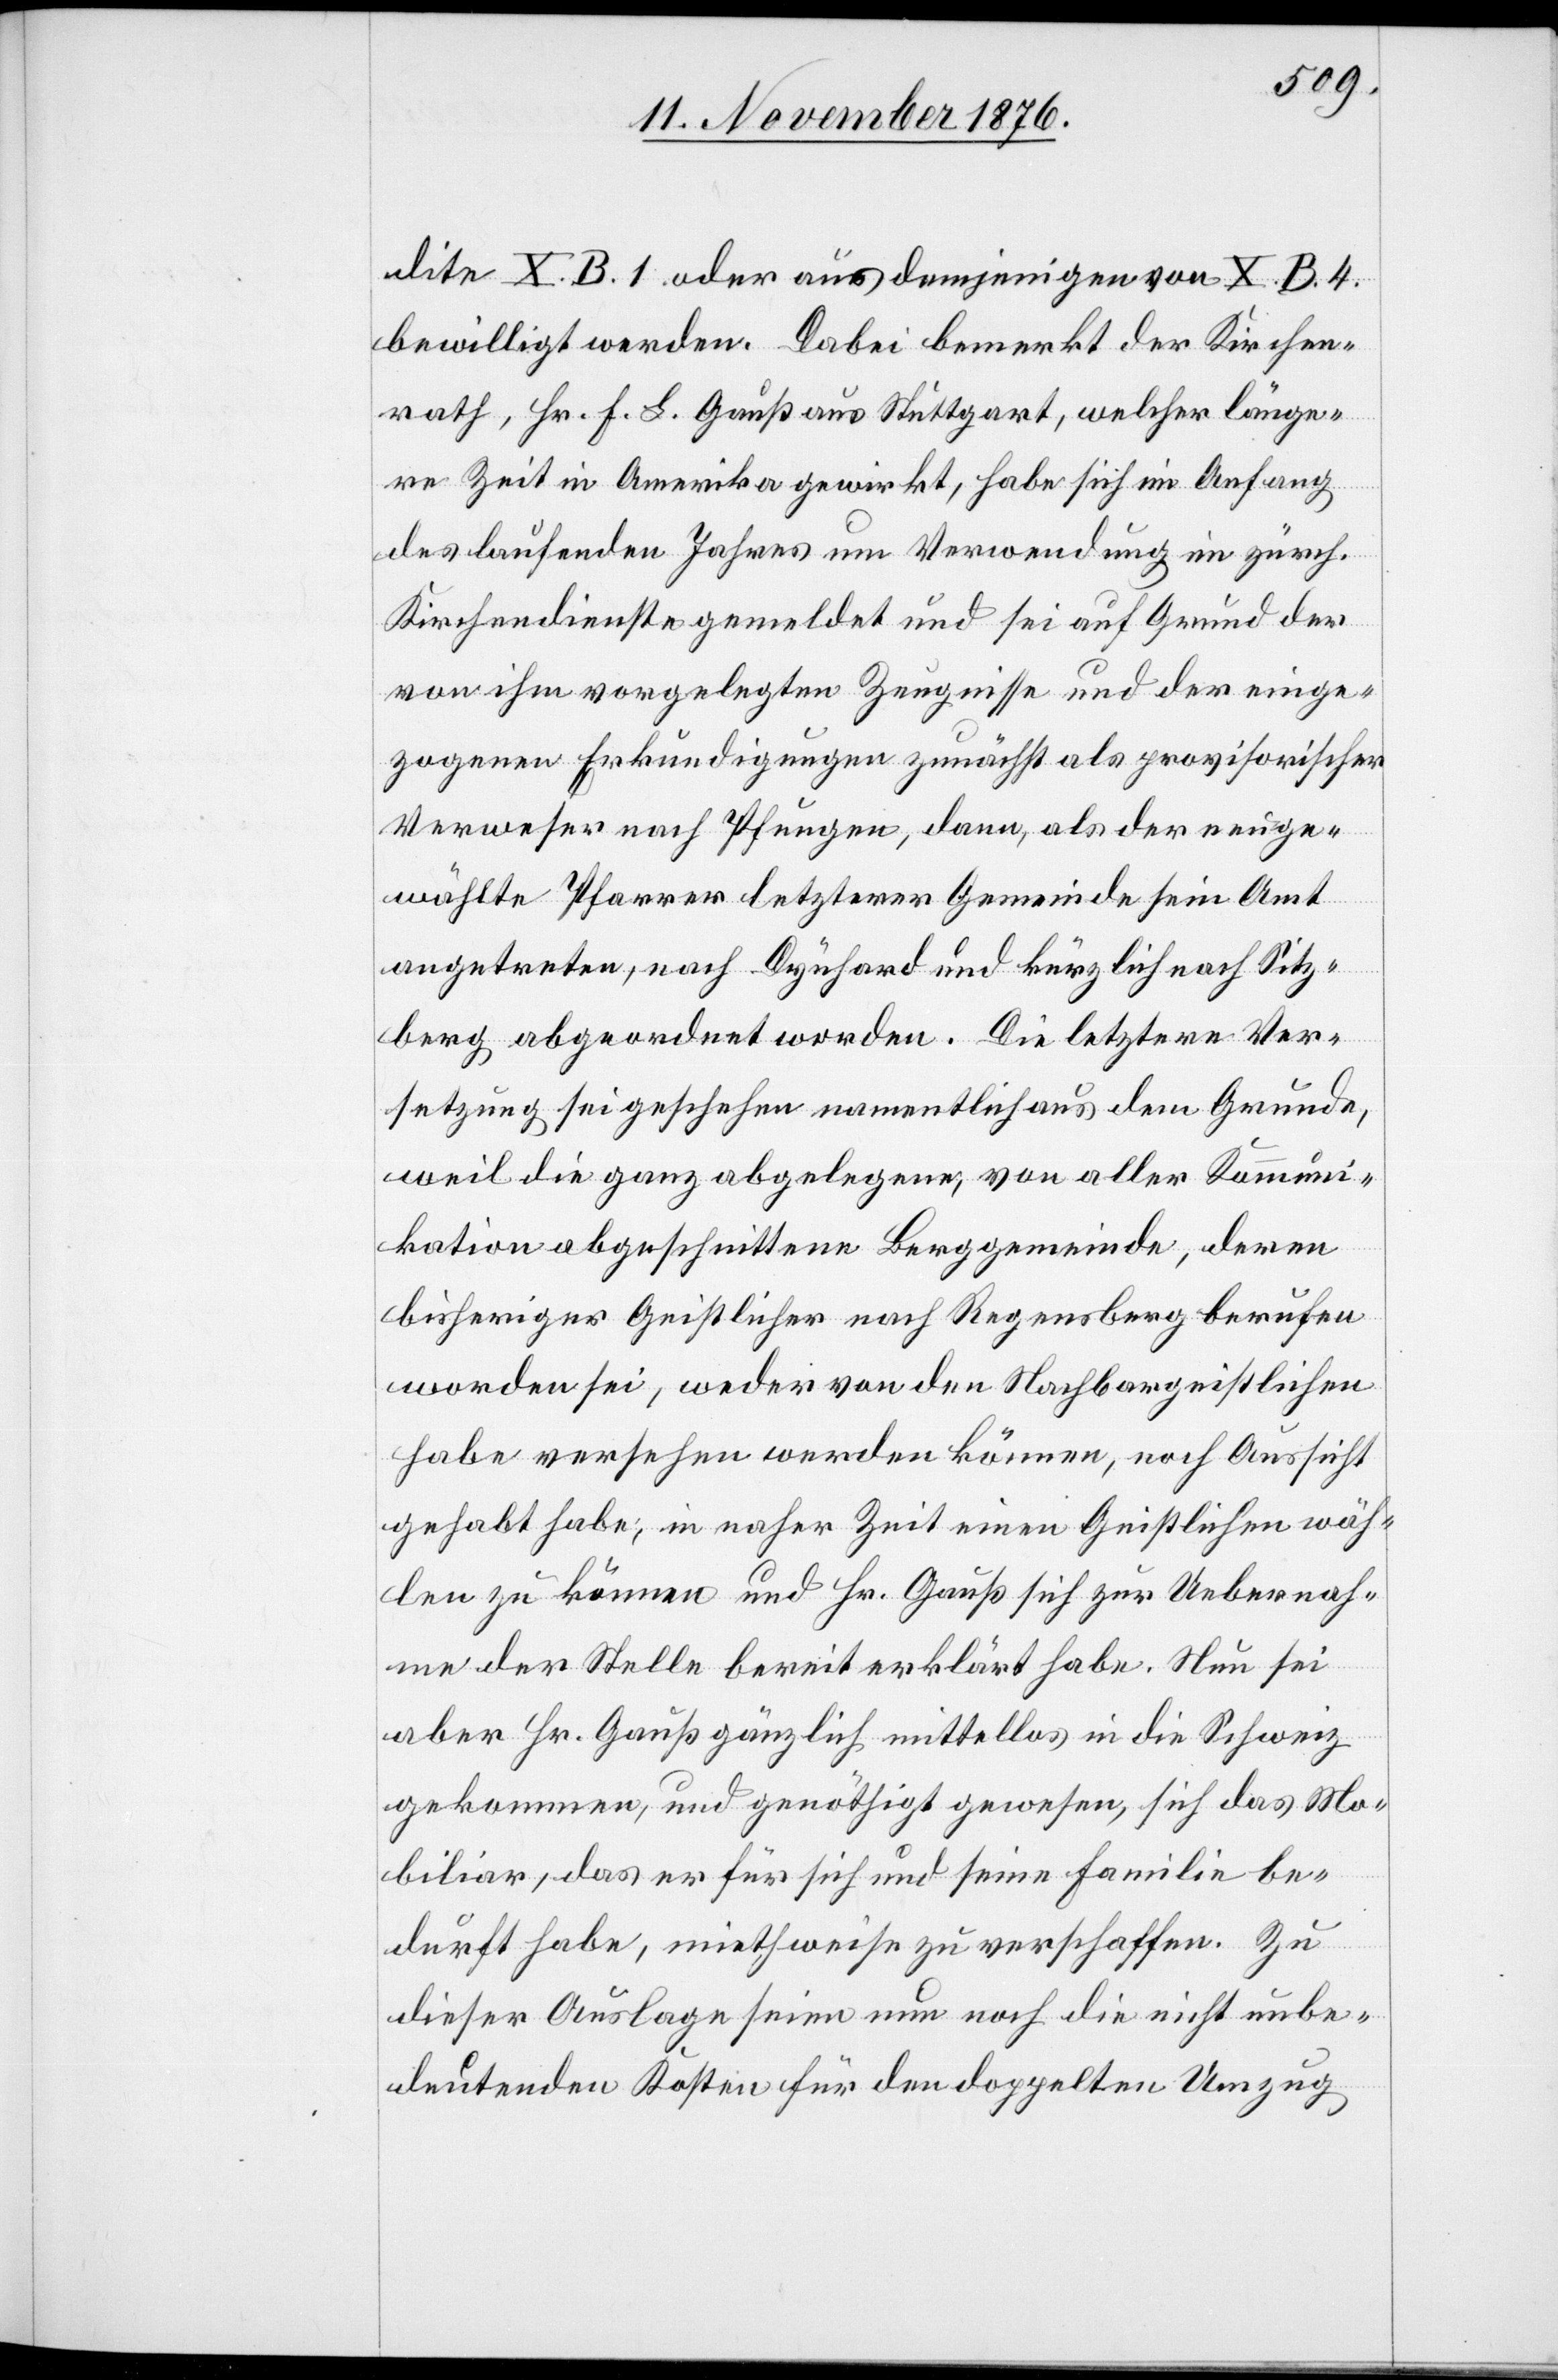
dite X. B. 1. oder aus demjenigen von X. B. 4.
bewilligt werden. Dabei bemerkt der Kirchen¬
rath, Hr. F. L. Gauß aus Stuttgart, welcher länge¬
re Zeit in Amerika gewirkt, habe sich im Anfang
des laufenden Jahres um Verwendung im zürch.
Kirchendienste gemeldet und sei auf Grund der
von ihm vorgelegten Zeugnisse und der einge¬
zogenen Erkundigungen zunächst als provisorischer
Verweser nach Pfungen, dann, als der neuge¬
wählte Pfarrer letzterer Gemeinde sein Amt
angetreten, nach Dynhard und kürzlich nach Sitz¬
berg abgeordnet worden. Die letztere Ver¬
setzung sei geschehen namentlich aus dem Grunde,
weil die ganz abgelegenen, von aller Kommuni¬
kation abgeschnittene Berggemeinde, deren
bisheriger Geistlicher nach Regensdorf berufen
worden sei, weder von den Nachbargeistlichen
habe versehend werden können, noch Aussicht
gehabt habe, in naher Zeit einen Geistlichen wäh¬
len zu können und Hr. Gauß sich zur Uebernah¬
me der Stelle bereit erklärt habe. Nun sei
aber Hr. Gauß gänzlich mittellos in die Schweiz
gekommen, und genöthigt gewesen, sich das Mo¬
biliar, das er für sich und seine Familie be¬
durft habe, miethweise zu verschaffen. Zu
dieser Auslage seien nun noch die nicht unbe¬
deutenden Kosten für den doppelten Umzug